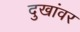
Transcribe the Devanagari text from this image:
दुखांवर